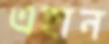
এহান